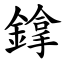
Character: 鎿